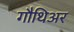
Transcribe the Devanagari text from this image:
गौथिअर